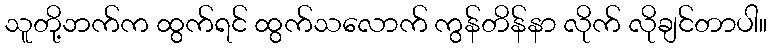
သူတို့ဘက်က ထွက်ရင် ထွက်သလောက် ကွန်တိန်နာ လိုက် လိုချင်တာပါ။